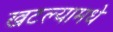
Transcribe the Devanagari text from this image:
खटल्यामधे